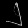
Digit: ၂